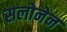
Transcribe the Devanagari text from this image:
सलोनेन